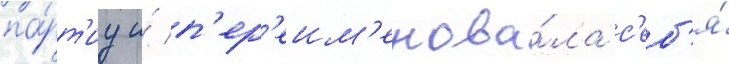
па́рт'иу и́ п'ер'еим'енова́ла с'еб'я́